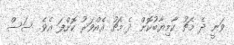
ވަނީ ދެ މެޗު ކާމިޔާބުކޮށް ދެ މެޗު އެއްވަރު ކޮށްފަ އެވެ. ސަސް